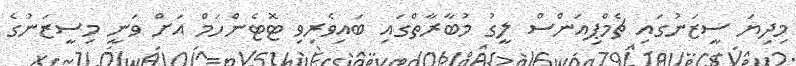
މިދިޔަ ސީޒަނުގައި ޗެމްޕިއަންސް ލީގު މުބާރާތްގައި ބައިވެރިވި ޓޮޓެންހަމް އަށް ވަނީ މިސީޒަނުގެ